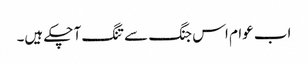
اب عوام اس جنگ سے تنگ آ چکے ہیں۔